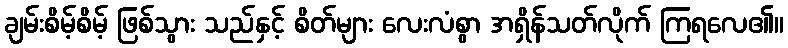
ချမ်းစိမ့်စိမ့် ဖြစ်သွား သည်နှင့် စိတ်များ လေးလံစွာ အရှိန်သတ်လိုက် ကြရလေ၏။